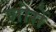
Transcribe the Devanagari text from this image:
शोरों